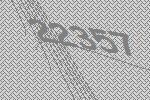
22357